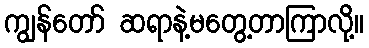
ကျွန်တော် ဆရာနဲ့မတွေ့တာကြာလို့။